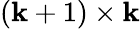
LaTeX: (\mathbf{k}+1)\times\mathbf{k}